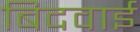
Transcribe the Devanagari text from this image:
बिदवाई